DOW-UAP-D49, Launch Summary, Vandenberg AFB, 2000
Agency: Department of War
Incident date: 2/3/00
Page 20
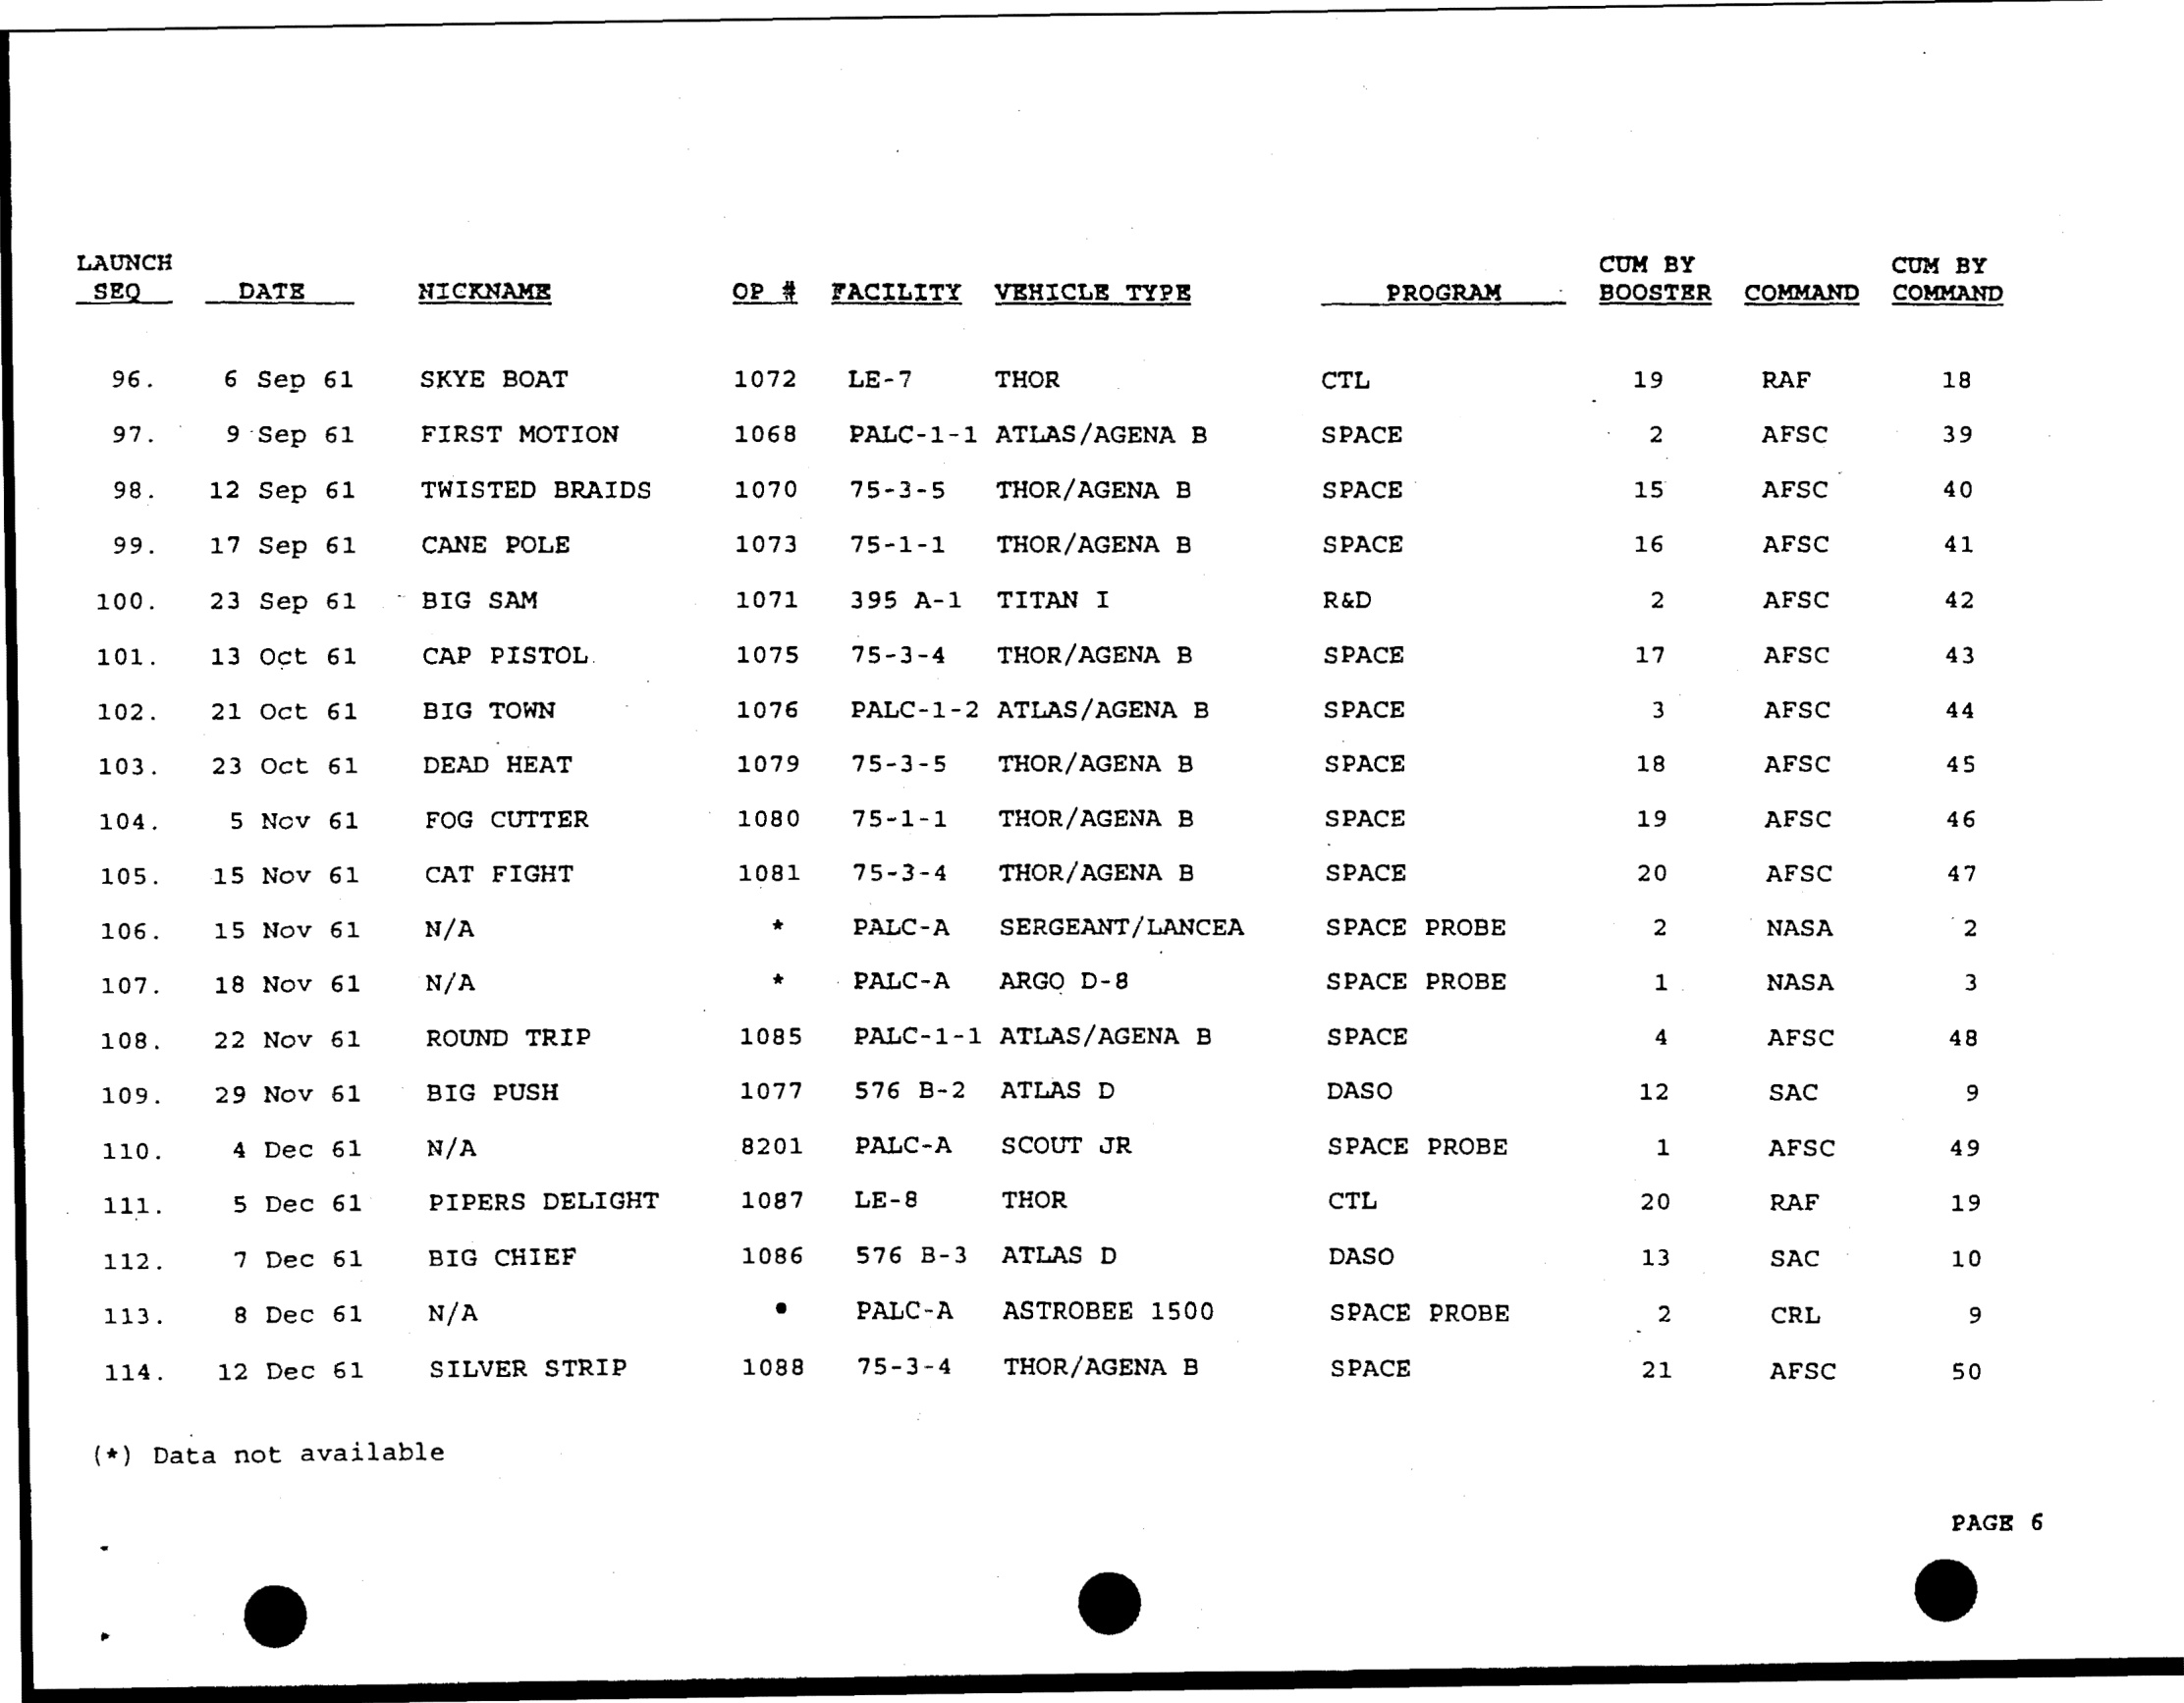